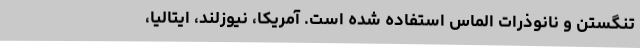
تنگستن و نانوذرات الماس استفاده شده است. آمریکا، نیوزلند، ایتالیا،